Civil Veterinary Dept. Bombay admin report 1914-1922 - 1914-1922
Year: 1914
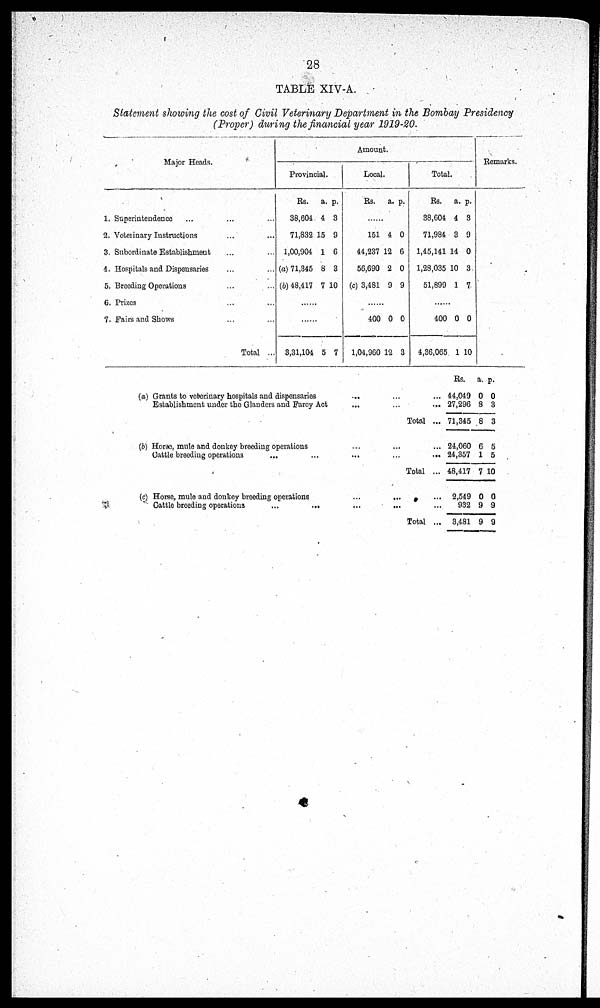
28
TABLE XIV-A.
Statement showing the cost of Civil Veterinary Department in the Bombay Presidency
(Proper) during the financial year 1919-20.
Major Heads.
1. Superintendence ... ...
2. Veterinary Instructions ... ...
3. Subordinate Establishment ... ...
4. Hospitals and Dispensaries ... ...
5. Breeding Operations ... ...
6. Prizes ... ...
7. Fairs and Shows ... ...
Total ...
Amount.
Provincial.
Rs.
38,604
71,832
1,00,904
(a) 71,345
(b) 48,417
a.
4
15
1
8
7
p.
3
9
6
3
10
......
......
3,31,104 5 7
Local.
Rs. a. p.
......
151
44,237
56,690
(c) 3,481
4
12
2
9
0
6
0
9
......
400
1,04,960
0
12
0
3
Total.
Rs.
38,604
71,984
1,45,141
1,28,035
51,899
a.
4
3
14
10
1
p.
3
9
0
3
7
......
400
4,36,065
0
1
0
10
Remarks.
(a) Grants to veterinary hospitals and dispensaries ... ...
Establishment under the Glanders and Farcy Act ... ...
Total ...
(b) Horse, mule and donkey breeding operations ... ...
Cattle breeding operations ... ... ...
Total ...
(c) Horse, mule and donkey breeding operations ... ...
Cattle breeding operations
...
...
...
...
Total ...
Rs.
44,049
27,296
71,345
24,060
24,357
48,417
2,549
932
3,481
a.
0
8
8
6
1
7
0
9
9
p.
0
3
3
5
5
10
0
9
9